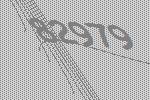
82979